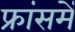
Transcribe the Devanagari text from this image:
फ्रांसमें